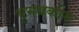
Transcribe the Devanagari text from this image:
चुमबकीय